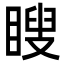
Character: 瞍